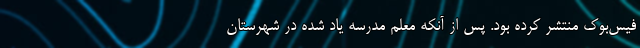
فیس‌بوک منتشر کرده بود. پس از آنکه معلم مدرسه یاد شده در شهرستان